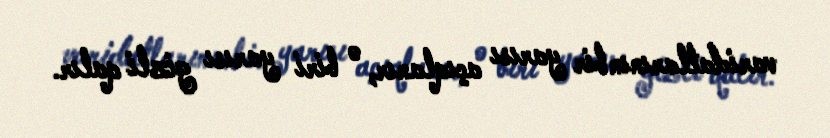
varidatlarının bir yarısı açıqlanır, o biri yarısı gizli qalır.